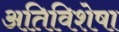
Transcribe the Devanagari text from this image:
अतिविशेषा